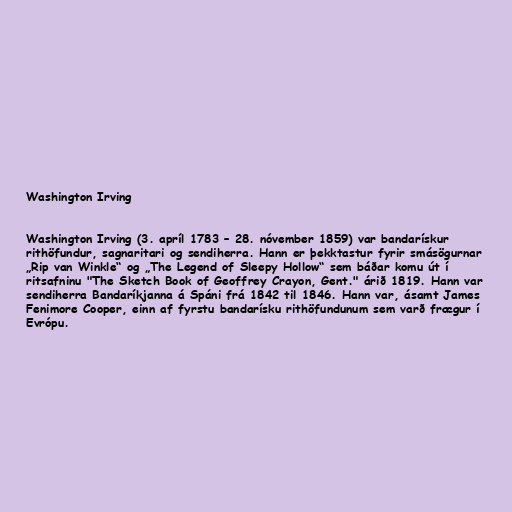
Washington Irving

Washington Irving (3. apríl 1783 – 28. nóvember 1859) var bandarískur
rithöfundur, sagnaritari og sendiherra. Hann er þekktastur fyrir smásögurnar
„Rip van Winkle“ og „The Legend of Sleepy Hollow“ sem báðar komu út í
ritsafninu "The Sketch Book of Geoffrey Crayon, Gent." árið 1819. Hann var
sendiherra Bandaríkjanna á Spáni frá 1842 til 1846. Hann var, ásamt James
Fenimore Cooper, einn af fyrstu bandarísku rithöfundunum sem varð frægur í
Evrópu.